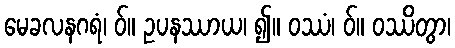
မေခလနဂရံ၊ ဝ်။ ဥပနဿာယ၊ ၍။ ဝဿံ၊ ဝ်။ ဝဿိတွာ၊